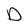
Character: D